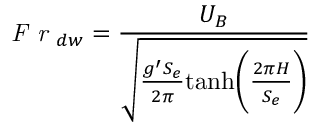
\textit { F r } _ { d w } = \frac { { U } _ { B } } { \sqrt { \frac { g ^ { \prime } S _ { e } } { 2 \pi } \mathrm { t a n h } \biggl ( \frac { 2 \pi H } { S _ { e } } \biggl ) } }